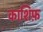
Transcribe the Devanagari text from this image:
काशिफ़